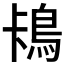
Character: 𱈡